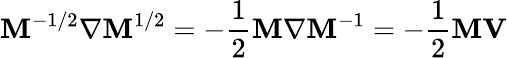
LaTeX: \mathbf{M}^{-1/2}{\mathbf{\nabla}}\mathbf{M}^{1/2}=-{\frac{{1}}{{2}}}\mathbf{M}{\mathbf{\nabla}}\mathbf{M}^{-1}=-{\frac{{1}}{{2}}}\mathbf{M}{\mathbf{V}}